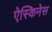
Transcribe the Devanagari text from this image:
ऐस्किनेस